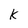
Character: K